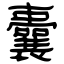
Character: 囊